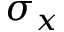
\sigma _ { x }